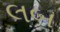
લબ